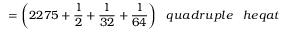
= { \bigg ( } 2 2 7 5 + { \frac { 1 } { 2 } } + { \frac { 1 } { 3 2 } } + { \frac { 1 } { 6 4 } } { \bigg ) } \; \; \; q u a d r u p l e \; \; \; h e q a t